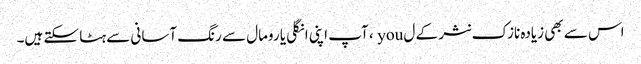
اس سے بھی زیادہ نازک نثر کے ل you ، آپ اپنی انگلی یا رومال سے رنگ آسانی سے ہٹا سکتے ہیں۔